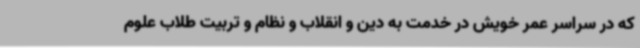
که در سراسر عمر خویش در خدمت به دین و انقلاب و نظام و تربیت طلاب علوم